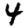
Digit: 4